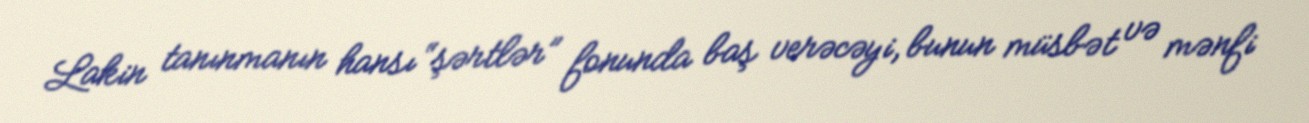
Lakin tanınmanın hansı “şərtlər” fonunda baş verəcəyi, bunun müsbət və mənfi